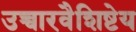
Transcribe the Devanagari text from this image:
उच्चारवैशिष्टेय